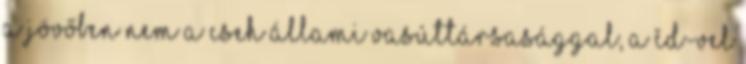
a jövőben nem a cseh állami vasúttársasággal, a ČD-vel